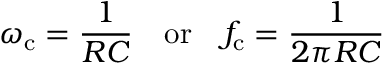
\omega _ { \mathrm { c } } = { \frac { 1 } { R C } } \quad { \mathrm { o r } } \quad f _ { \mathrm { c } } = { \frac { 1 } { 2 \pi R C } }